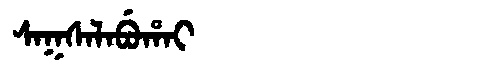
Manchu: ᠰᠠᡴᠰᠠᠯᠠᠪᡠᡥᠠᡳ
Romanization: SAKSALABUHAI